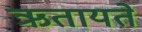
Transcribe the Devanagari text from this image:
ऋतायते